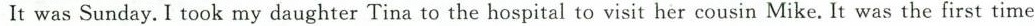
It was Sunday.I took my daughter Tina to the hospital to visit her cousin Mike. It was the first time